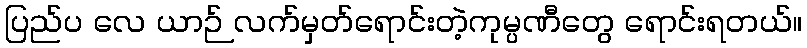
ပြည်ပ လေ ယာဉ် လက်မှတ်ရောင်းတဲ့ကုမ္ပဏီတွေ ရောင်းရတယ်။